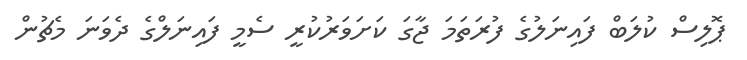
ޕޮލިސް ކުލަބް ފައިނަލުގެ ފުރަތަމަ ޖާގަ ކަށަވަރުކުރީ ސެމީ ފައިނަލްގެ ދެވަނަ މެޗުން